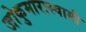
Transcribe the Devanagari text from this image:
जोकुमारास्वामी